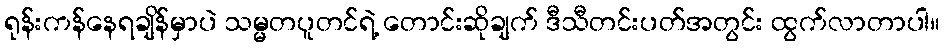
ရုန်းကန်နေရချိန်မှာပဲ သမ္မတပူတင်ရဲ့ တောင်းဆိုချက် ဒီသီတင်းပတ်အတွင်း ထွက်လာတာပါ။